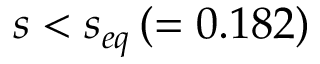
s < s _ { e q } \, ( = 0 . 1 8 2 )